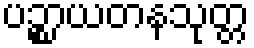
ပဉ္စာယတနသုတ္တ